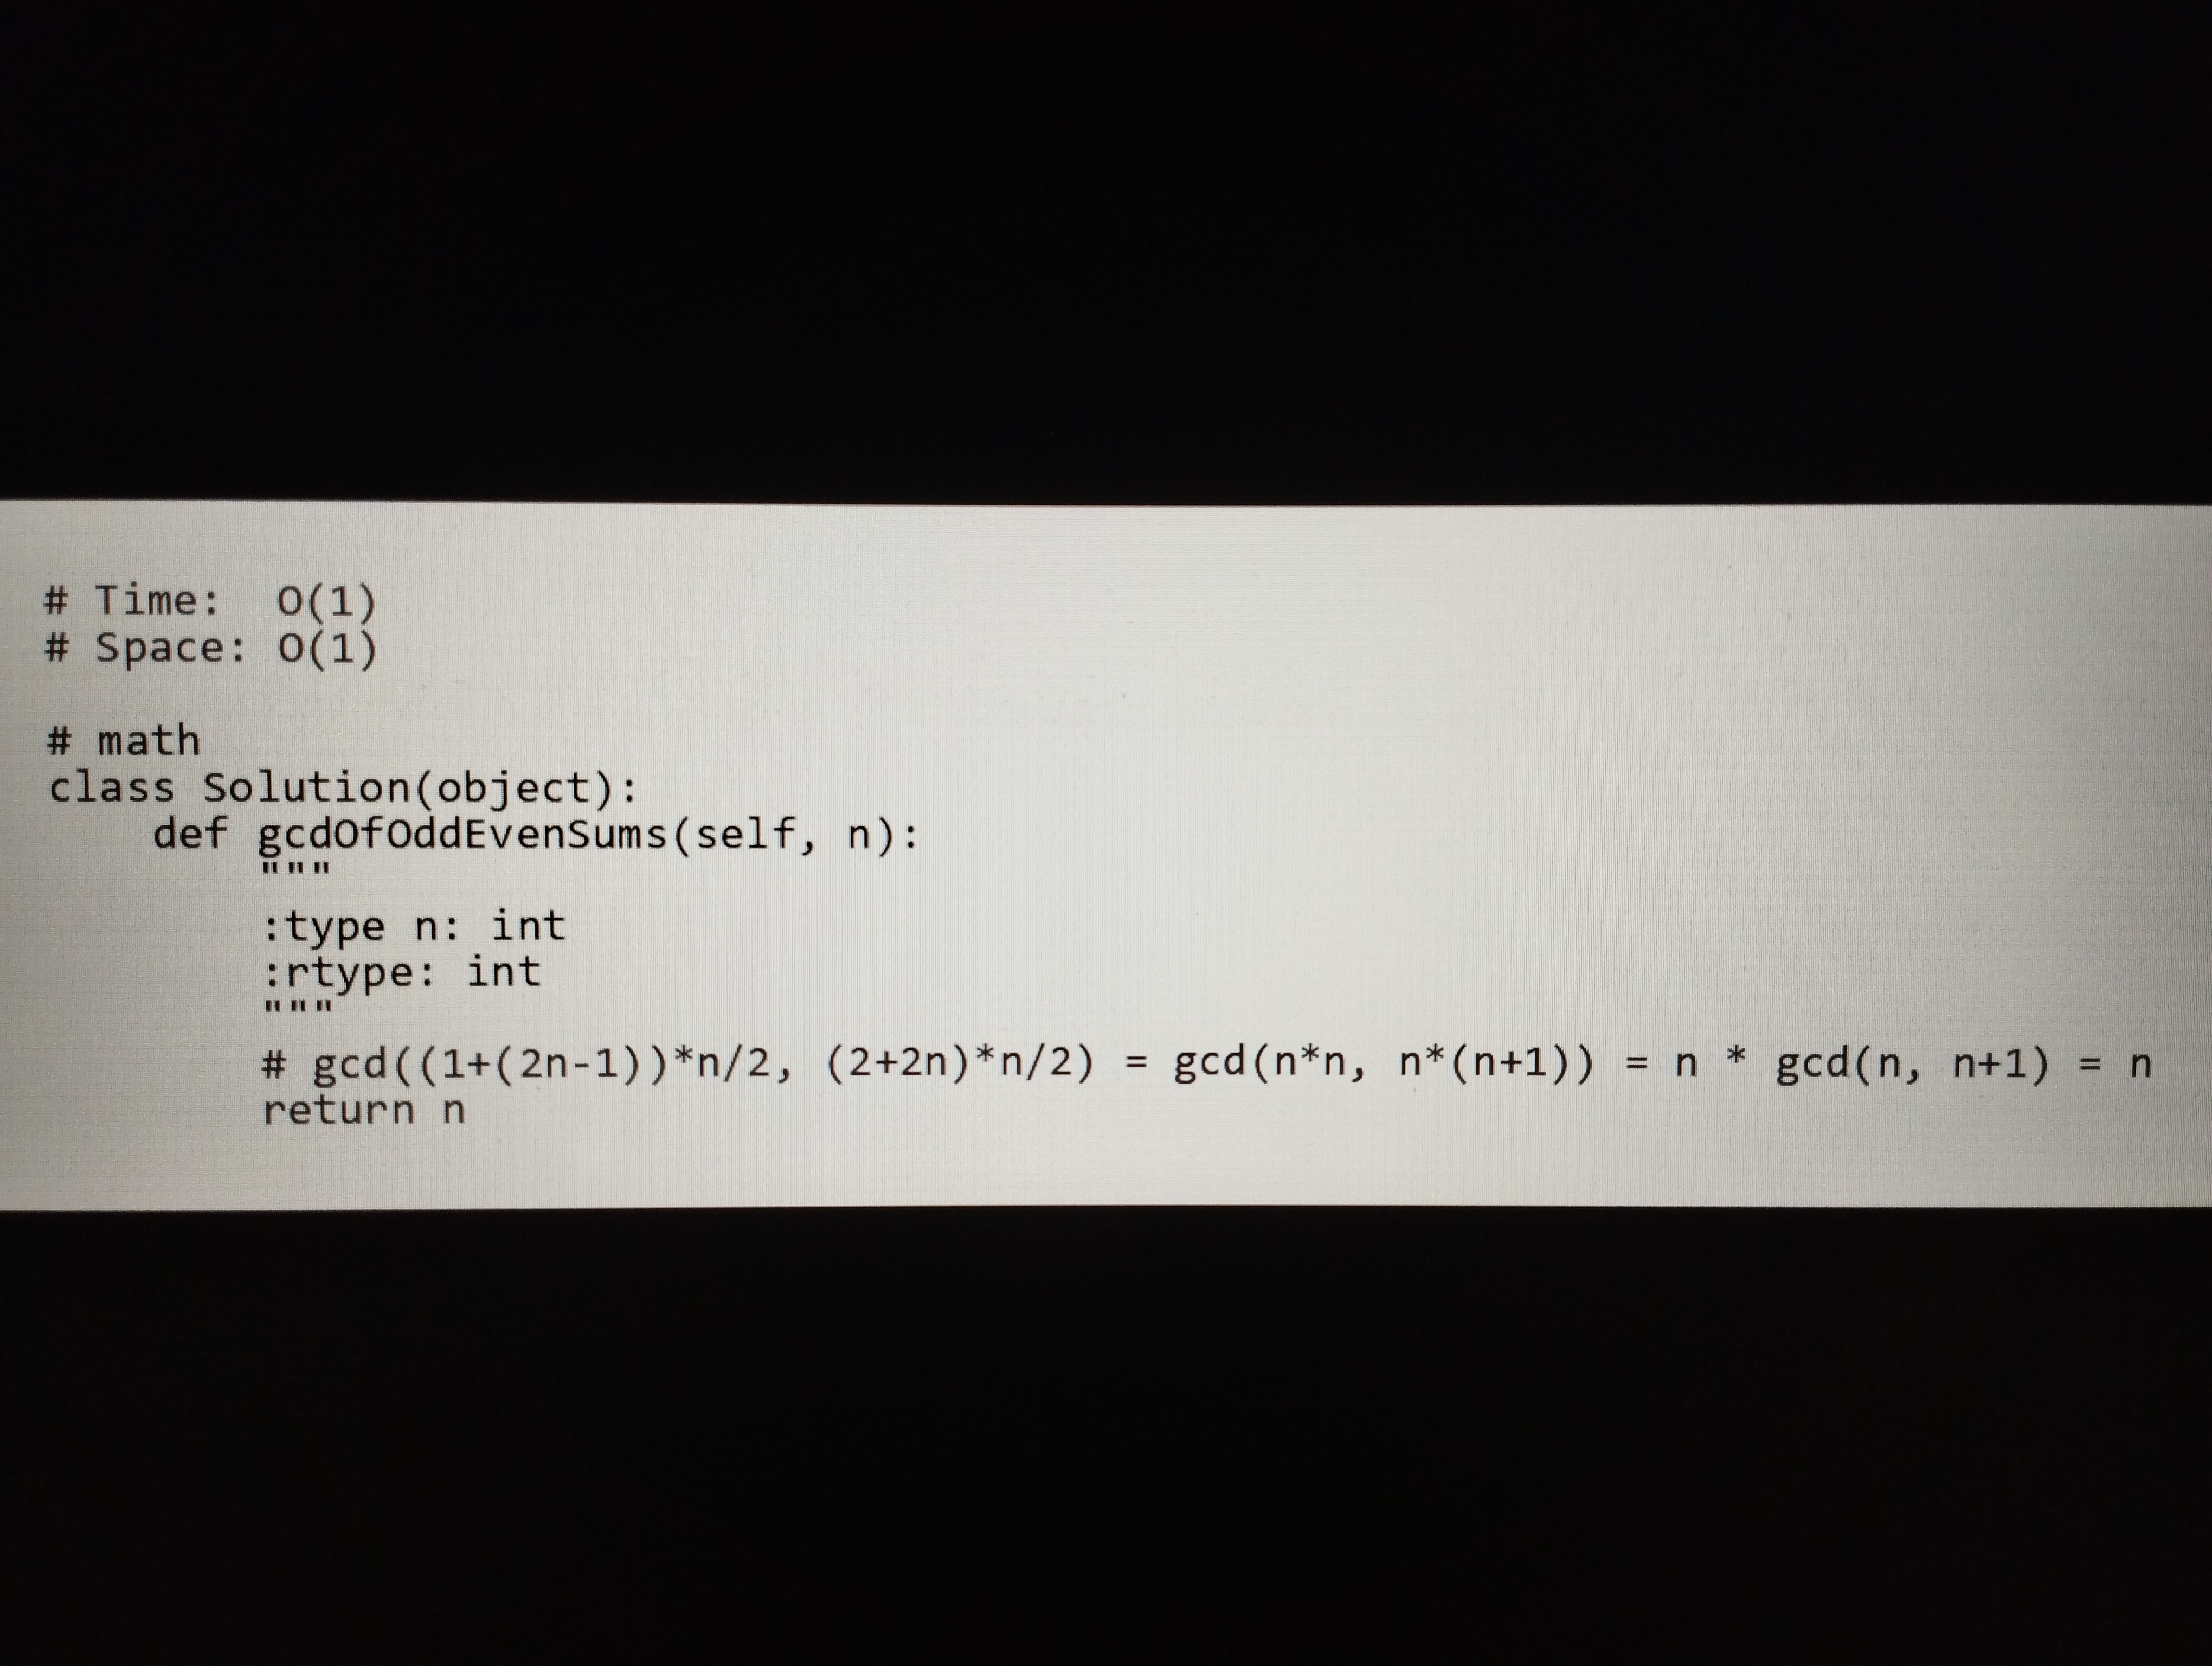
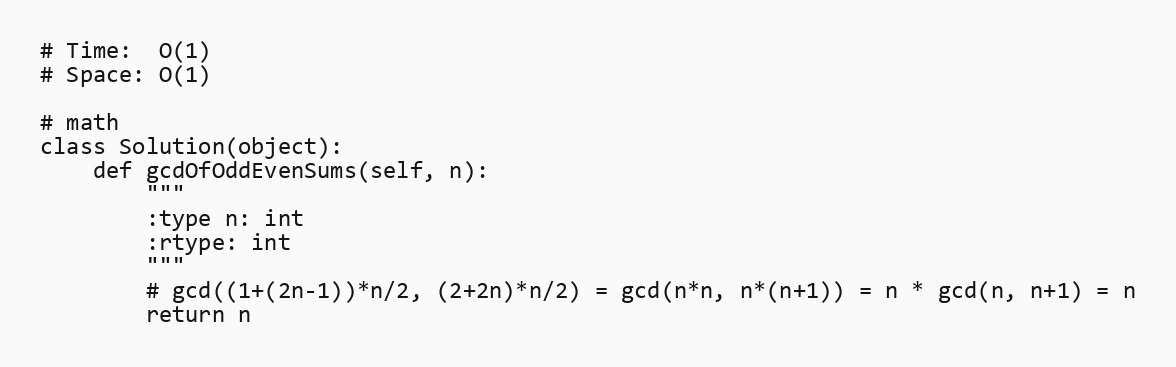
# Time:  O(1)
# Space: O(1)

# math
class Solution(object):
    def gcdOfOddEvenSums(self, n):
        """
        :type n: int
        :rtype: int
        """
        # gcd((1+(2n-1))*n/2, (2+2n)*n/2) = gcd(n*n, n*(n+1)) = n * gcd(n, n+1) = n
        return n